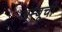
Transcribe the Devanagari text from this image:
अम्बूची